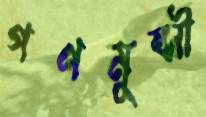
গণমুন্সী